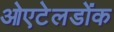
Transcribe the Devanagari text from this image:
ओएटेलडोंक